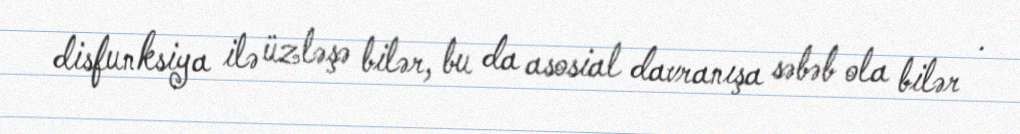
disfunksiya ilə üzləşə bilər, bu da asosial davranışa səbəb ola bilər .